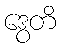
ဒွေတိ